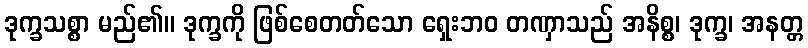
ဒုက္ခသစ္စာ မည်၏။ ဒုက္ခကို ဖြစ်စေတတ်သော ရှေးဘဝ တဏှာသည် အနိစ္စ၊ ဒုက္ခ၊ အနတ္တ